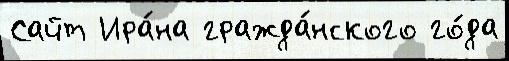
Сайт Ира́на гражда́нского го́да